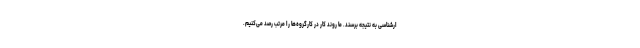
ارشناسی به نتیجه برسند. ما روند کار در کارگروه‌ها را مرتب رصد می‌کنیم.